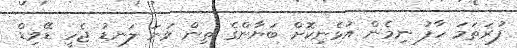
ފުރަތަމަ ހާފު ނިމެން އުޅެނިކޮށް ބަޔާންގެ ތިން ވަނަ ލަނޑު ޖެހީ ޑޭވިޑް